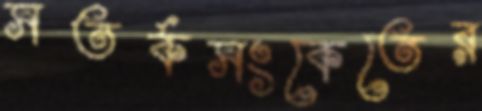
সতর্কসংকেতের